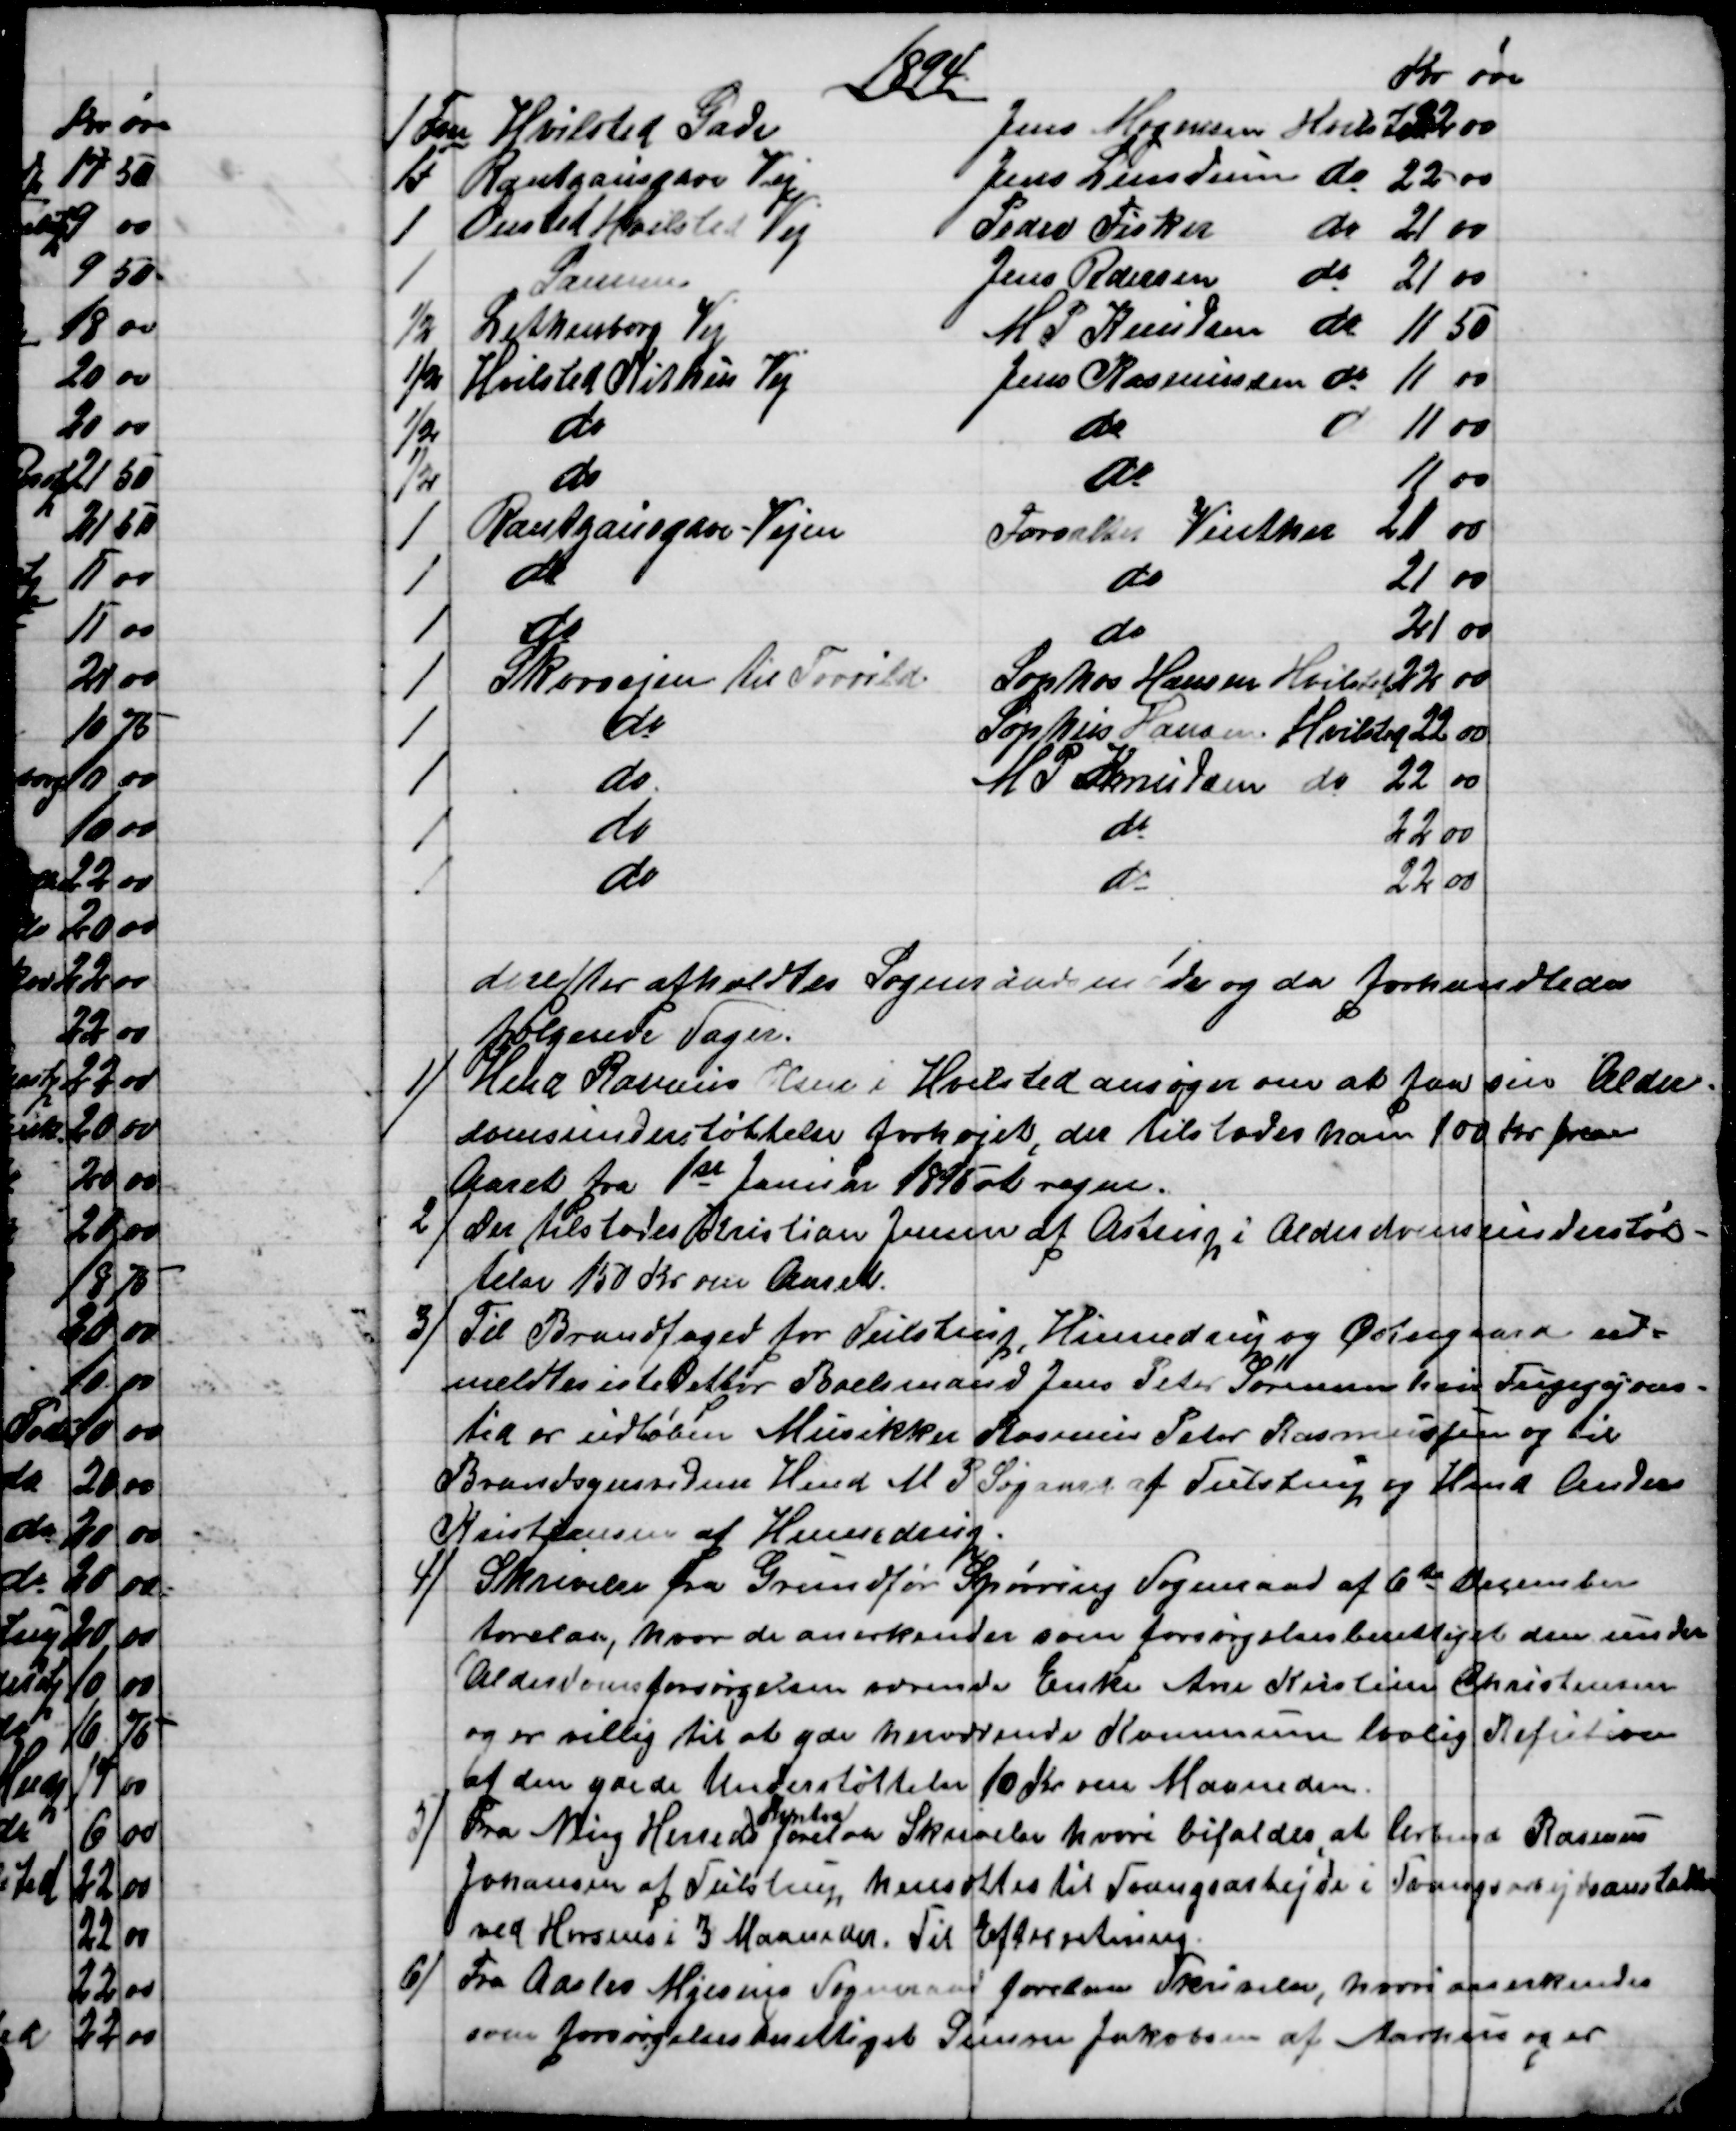
Transskription:
1894
Kr 
øre
1 Fvn 
Hvilsted Gade
Jens Mogensen Hvilsted 
22
00
1F
Rantzausgave Vej
Jens Lundum do 
22
00
1
Onsted Hvilsted Vej
Peder Fisker do
21
00
1
Samme
Jens Pedersen do
21
00
½
Lethenborg Vej
M. P. Knudsen do
11
50
½
Hvilsted Kithus Vej
Jens Rasmussen do
11
00
½
do
do 
do
11
00
½
do
do
11
00
1
Rantzausgave-Vejen
Forvalter Vinther
21
00
1
do
do
21
00
1
do
do
21
00
1
Skovvejen til Torrild.
Sophus Hansen Hvilsted 
22
00
1
do
Sophus Hansen Hvilsted 
22
00
1
do
M P Knudsen do
22
00
1
do
do
22
00
1
do
do
22
00
derefter afholdtes Sogneraadsmøde og da forhandledes
følgende Sager.
1)
Hmd Rasmus Olsen i Hvilsted ansøger om at faa sin Alder=
domsunderstøttelse forhøjet, der tilstodes ham 100 Kr. om
Aaret fra 1st Januar 1895 at regne.
2)
Der tilstodes Kristian Jensen af Astrup i Alderdomsunderstøt-
telse 150 Kr om Aaret.
3)
Til Brandfoged for Tulstrup, Hinnedrup og Østergaard ud-
meldtes istedetfor Boelsmand Jens Peter Sørensen hvis Fungsjons-
tid er udløben Musikker Rasmus Peter Rasmussen og til
Brandsynsvidner Hmd M. P. Søgaard af Tulstrup og Hmd Anders
Kristiansen af Hinnedrup.
4)
Skrivelse fra Grundfør Spørring Sogneraad af 6te December
forelaa, hvor de anerkender som forsørgelsesberettiget den under
Alderdomsforsørgelsen værende Enke Ane Kirstine Christensen
og er villig til at yde herværende Kommune lovlig Refution
af den ydede Understøttelse 10 Kr om Maaneden.
5)
Fra Ning Herreds 
Kontor
forelaa Skrivelse hvori bifaldes at Arbmd Rasmus
Johansen af Tulstrup hensættes til Tvangsarbejde i Tvangsarbejdsanstalten
ved Horsens i 3 Maaneder. Til Efterretning.
6)
Fra Aaslev Mjesing Sogneraad forelaa Skrivelse, hvori anerkendes
som forsørgelsesberettiget Simon Jakobsen af Aarhus og er